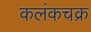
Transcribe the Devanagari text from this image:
कलंकचक्र